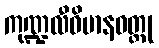
ကုဏ္ဍလီဝိမာနဝတ္ထု